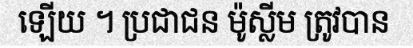
ឡើយ ។ ប្រជាជន ម៉ូស្លីម ត្រូវបាន